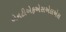
એનટીએફએસએલએસ